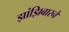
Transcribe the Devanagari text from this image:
झांझिबारने